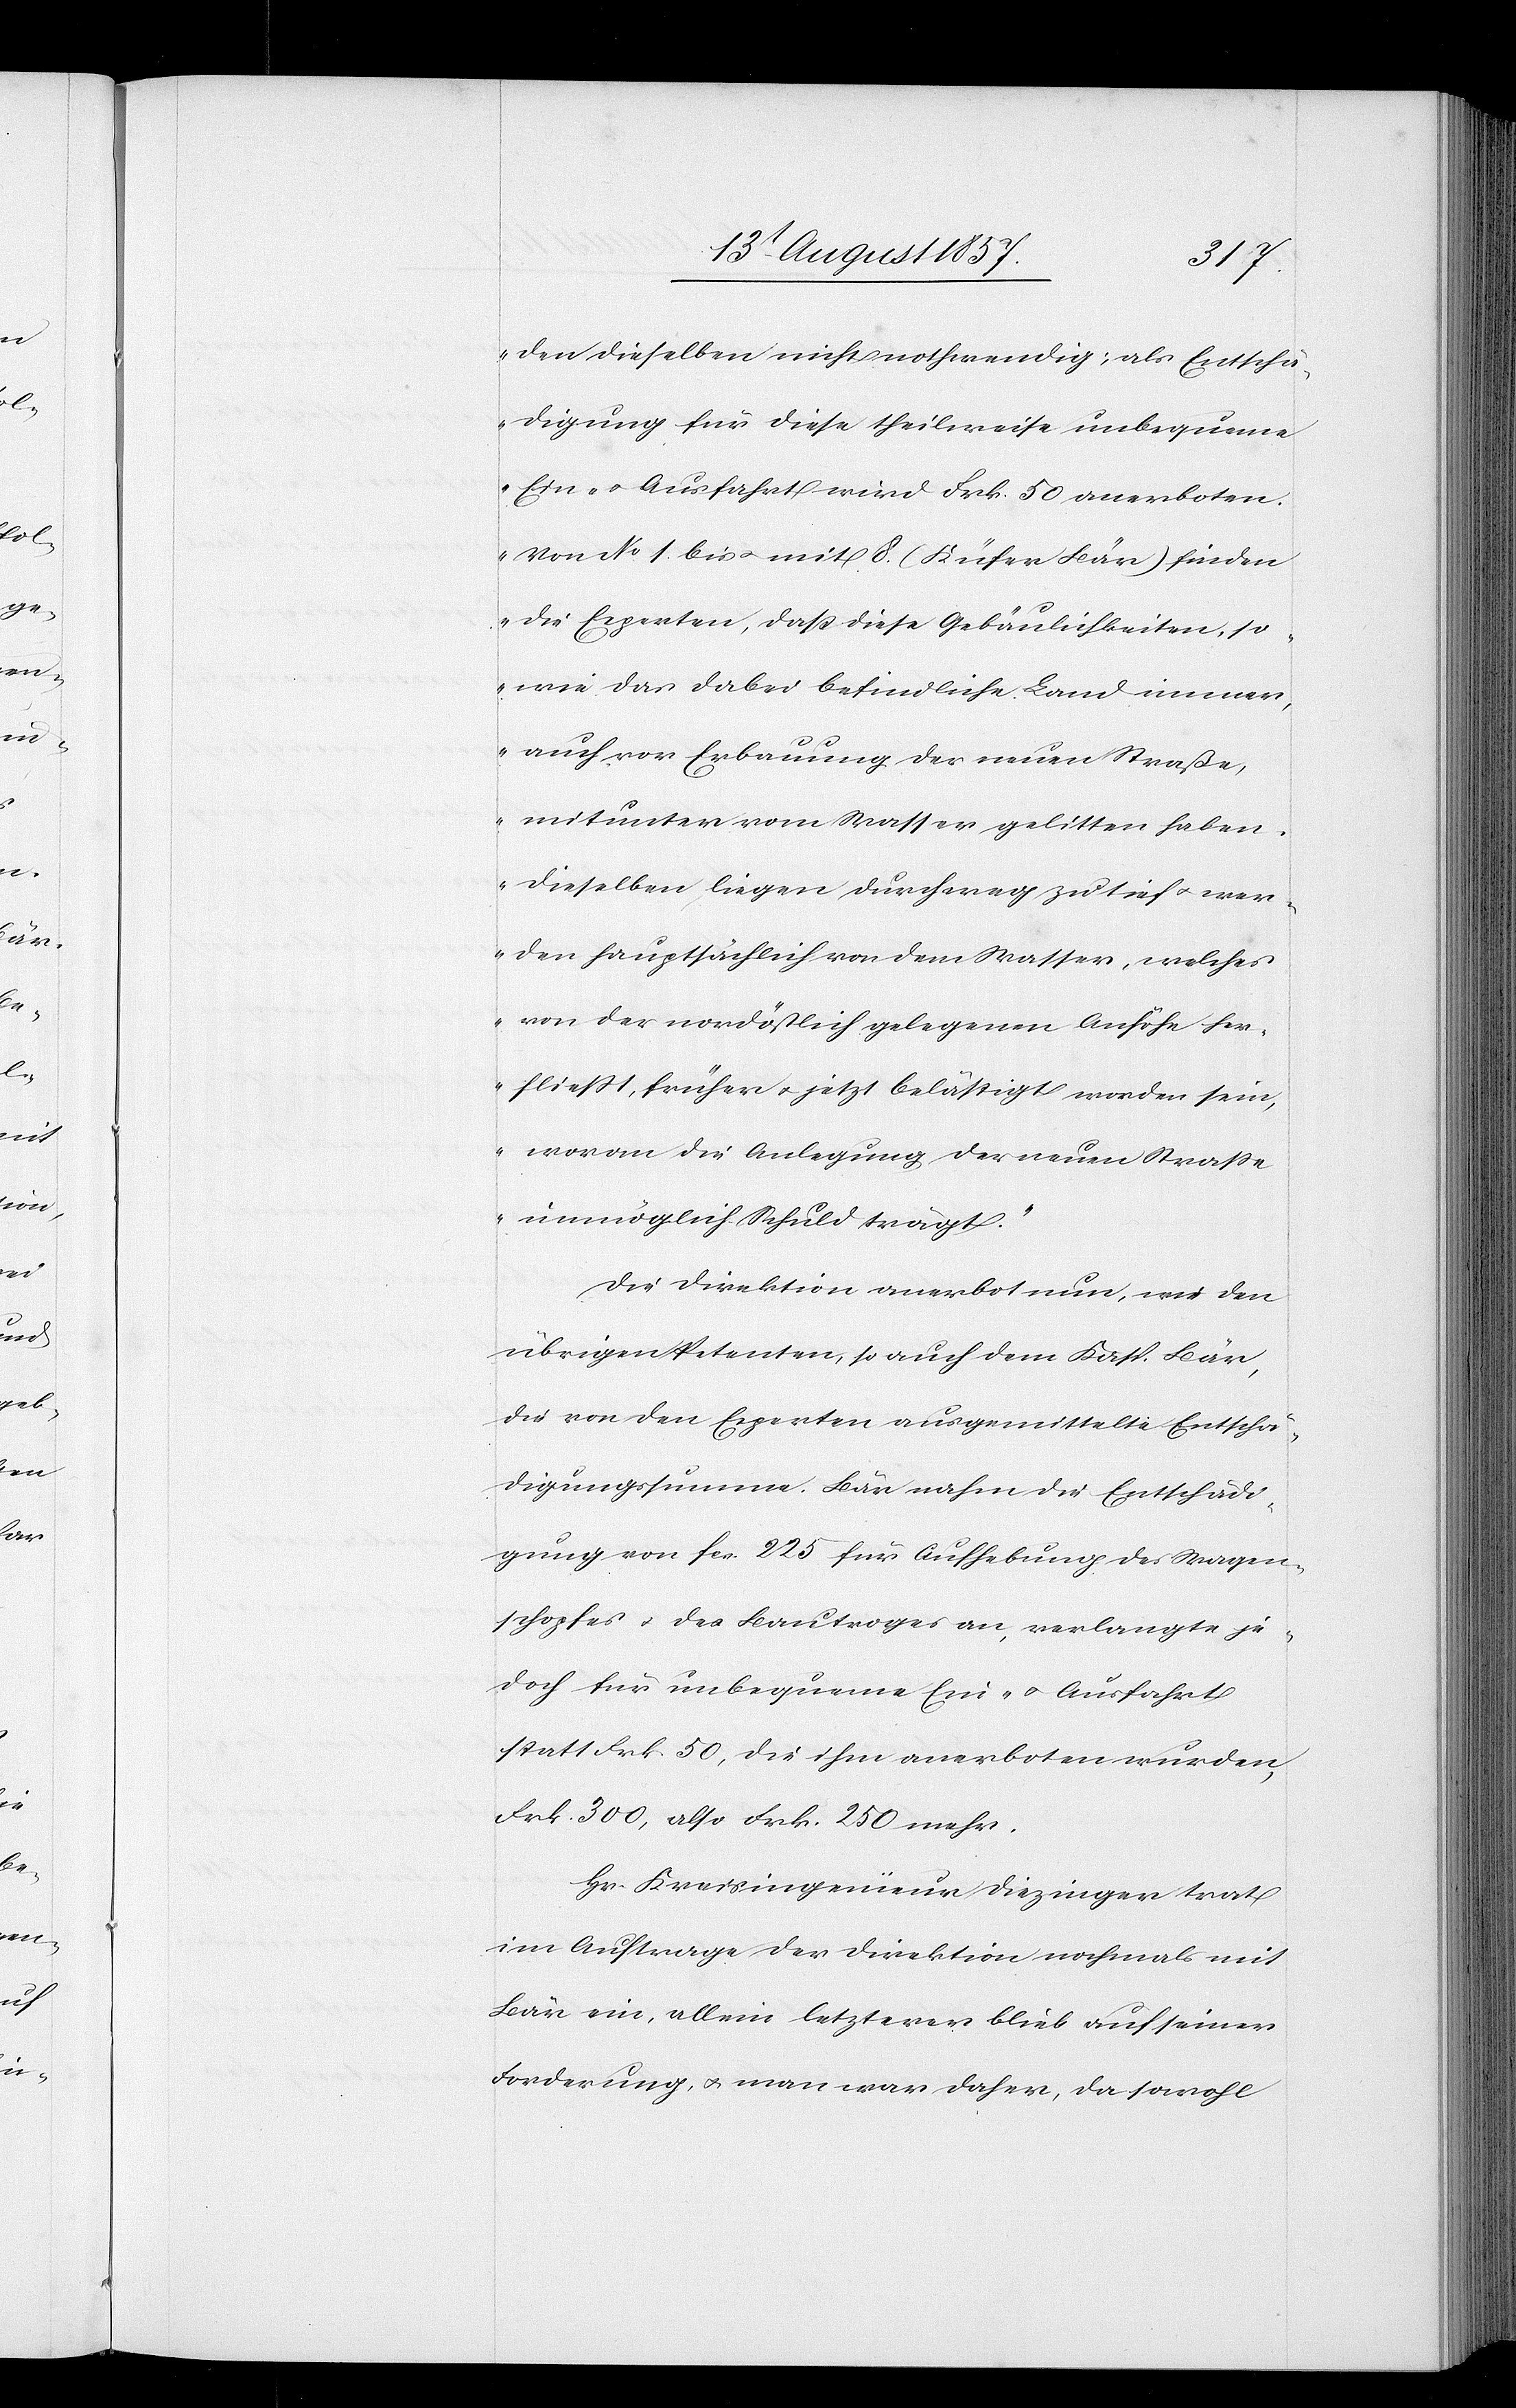
den dieselben nicht nothwendig; als Entschä¬
digung für diese theilweise unbequeme
Ein- & Ausfahrt wird Frk. 50 anerboten.
Von No 1 bis mit 8 (Küfer Bär) finden
die Experten, daß diese Gebäulichkeiten, so¬
wie das dabei befindliche Land immer,
auch vor Erbauung der neuen Straße,
mitunter vom Wasser gelitten haben.
Dieselben, liegen durchweg zu tief & wer¬
den hauptsächlich von dem Wasser, welches
von der nordöstlich gelegenen Anhöhe her¬
fließt, früher & jetzt belästigt worden sein,
woran die Anlegung der neuen Straße
unmöglich Schuld trägt.“
Die Direktion anerbot nun, wie den
übrigen Petenten, so auch dem Kasp. Bär,
die von den Experten ausgemittelten Entschä¬
digungssumme. Bär nahm die Entschädi¬
gung von fcs 225 für Aufhebung des Wagen¬
schopfes & des Bautroges an, verlangte je¬
doch für unbequeme Ein- & Ausfahrt
statt Frk. 50, die ihm anerboten wurden,
Frk. 300, also Frk. 250 mehr.
Hr. Kreisingenieur Diezinger trat
im Auftrage der Direktion nochmals mit
Bär ein, allein letzterer blieb auf seiner
Forderung, & man war daher, da sowohl